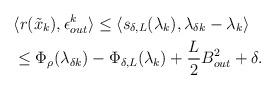
LaTeX: \begin{align*}& \langle r(\tilde{x}_k), \epsilon_{out}^k \rangle \leq \langle s_{\delta,L}(\lambda_k), \lambda_{\delta k} - \lambda_k \rangle \\& \leq \Phi_\rho(\lambda_{\delta k}) - \Phi_{\delta,L}(\lambda_k) + \frac{L}{2}B_{out}^2 + \delta.\end{align*}